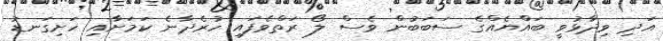
އަދި ވިދާޅުވީ ބައްޔެއްގެ ސަބަބުން ވެސް ލޯ ރަތްވެފައި ހުރެދާނެ ކަމަށާއި ހަށިގަނޑު